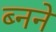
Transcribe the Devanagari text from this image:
ब्नने